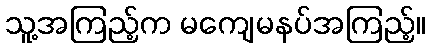
သူ့အကြည့်က မကျေမနပ်အကြည့်။